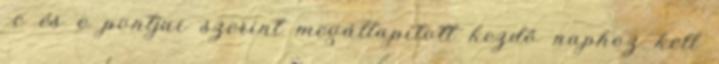
–c és e pontjai szerint megállapított kezdő naphoz kell